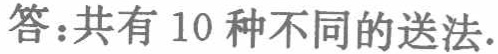
答：共有 10 种不同的送法.